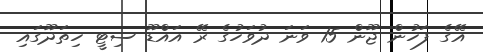
އޭގެ ފަހުން ޖޫން 15 ވަނަ ދުވަހުގެ ރޭ އައްޑޫ ސިޓީ ހިތަދޫގައި